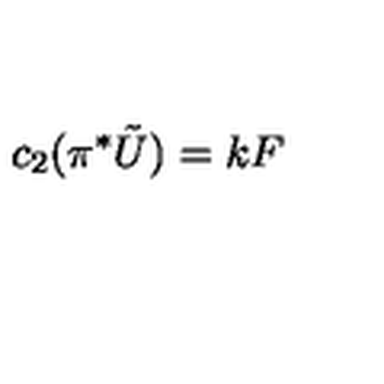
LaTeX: c _ { 2 } ( \pi ^ { * } \tilde { U } ) = k F